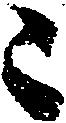
々